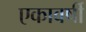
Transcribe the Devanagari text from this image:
एकावर्षी